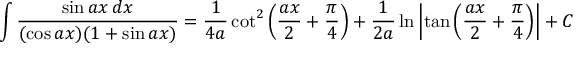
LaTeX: \int { \frac { \sin a x \, d x } { ( \cos a x ) ( 1 + \sin a x ) } } = { \frac { 1 } { 4 a } } \cot ^ { 2 } \left( { \frac { a x } { 2 } } + { \frac { \pi } { 4 } } \right) + { \frac { 1 } { 2 a } } \ln \left| \tan \left( { \frac { a x } { 2 } } + { \frac { \pi } { 4 } } \right) \right| + C